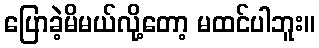
ပြောခဲ့မိမယ်လို့တော့ မထင်ပါဘူး။